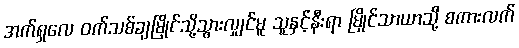
အက်ရှလေ ဝက်သစ်ချမြိုင်သို့သွားလျှင်မူ သူနှင့်နီးရာ မြိုင်သာယာသို့ စကားလက်